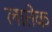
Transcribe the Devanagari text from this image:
लातेक